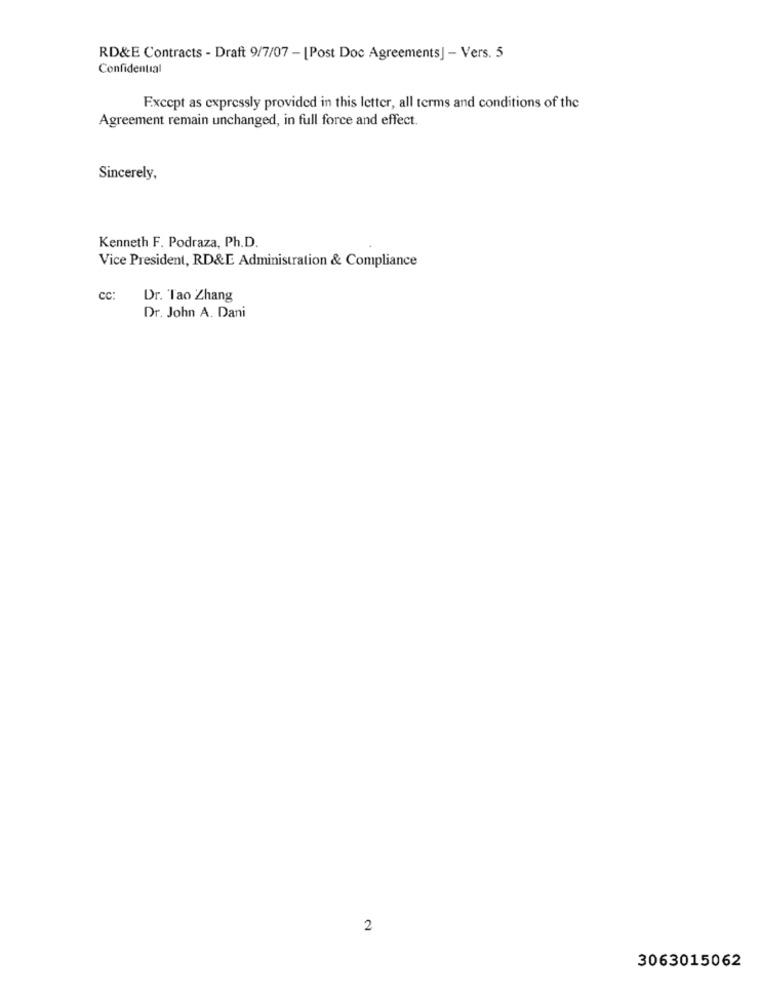
RD&E Contracts - Draft 9/7/07 - [Post Doc Agreements] - Vers. 5
Confidential
Except as expressly provided in this letter, all terms and conditions of the
Agreement remain unchanged, in full force and effect.
Sincerely,
Kenneth F. Podraza, Ph.D.
Vice President, RD&E Administration & Compliance
CC:
Dr. Tao Zhang
Dr. John A. Dani
2
3063015062